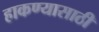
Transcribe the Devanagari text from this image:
हाकण्यासाठी